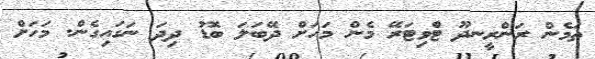
ތަމެން ރަންރީނދޫ ޓްވިޓަރޭ މެން މަހަށް ދޭބަލަ ބޮޑު ދިދަ ނަގައިގެން. މަހަށް